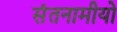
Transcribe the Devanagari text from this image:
संतनामीयो